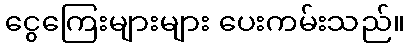
ငွေကြေးများများ ပေးကမ်းသည်။